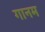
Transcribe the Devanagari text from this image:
गानम